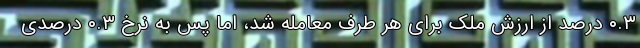
۰.۳ درصد از ارزش ملک برای هر طرف معامله شد، اما پس به نرخ ۰.۳ درصدی